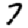
Digit: 7